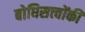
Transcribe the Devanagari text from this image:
बोधिसत्त्‍वोंकी